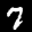
Label: 7